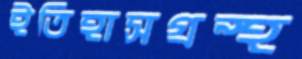
ইতিহাসগ্রন্থ